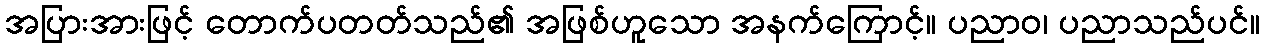
အပြားအားဖြင့် တောက်ပတတ်သည်၏ အဖြစ်ဟူသော အနက်ကြောင့်။ ပညာဝ၊ ပညာသည်ပင်။